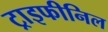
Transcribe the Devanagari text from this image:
ट्राइफीनिल